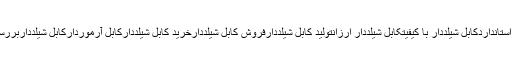
کابل برقسیم برقکابل شیلددار استانداردکابل شیلددار با کیفیتکابل شیلددار ارزانتولید کابل شیلددارفروش کابل شیلددارخرید کابل شیلددارکابل آرموردارکابل شیلدداربررسیکابلشیلددارراجینکابلپارسیان